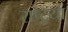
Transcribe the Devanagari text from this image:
राष्ट्रया